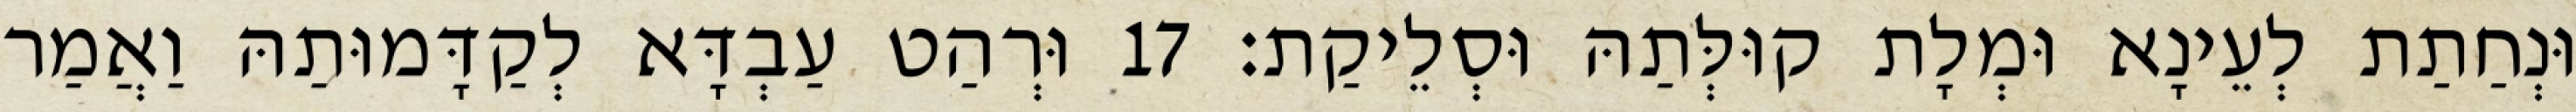
וּנְחַתַת לְעֵינָא וּמְלָת קוּלְּתַהּ וּסְלֵיקַת׃ 17 וּרְהַט עַבְדָּא לְקַדָּמוּתַהּ וַאֲמַר